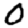
Digit: 0